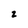
Character: 2